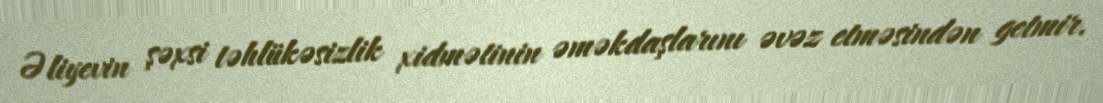
Əliyevin şəxsi təhlükəsizlik xidmətinin əməkdaşlarını əvəz etməsindən getmir.